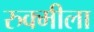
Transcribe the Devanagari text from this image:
रुक्मीला